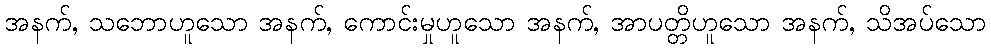
အနက်, သဘောဟူသော အနက်, ကောင်းမှုဟူသော အနက်, အာပတ္တိဟူသော အနက်, သိအပ်သော